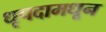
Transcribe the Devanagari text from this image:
धृपदामधून